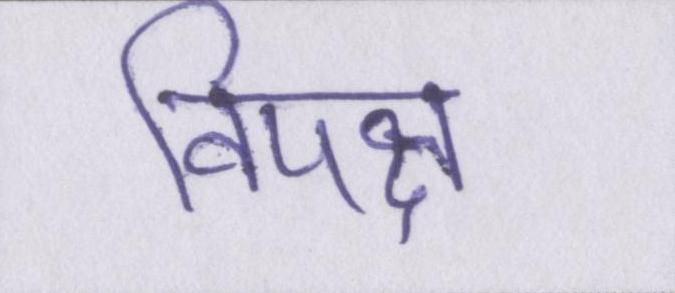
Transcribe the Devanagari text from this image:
विपक्ष